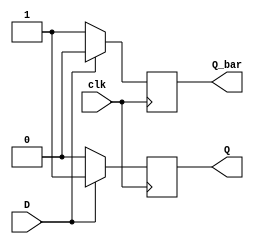
module dff_pedge_ah (
    input D,
    input clk,
    output reg Q,
    output reg Q_bar
);

always@(posedge clk)
    if(D==1) begin 
        Q <= 1;
        Q_bar <= 0;
    end
    else begin
        Q <= 0;
        Q_bar <= 1;
    end

endmodule